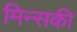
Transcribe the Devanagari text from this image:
मिन्सकी